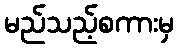
မည်သည့်စကားမှ